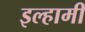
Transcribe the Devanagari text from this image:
इल्हामी